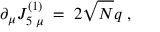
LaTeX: \partial _ { \mu } J _ { 5 \; \mu } ^ { ( 1 ) } \; = \; 2 \sqrt { N } q \; ,